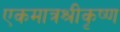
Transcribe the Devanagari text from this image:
एकमात्रश्रीकृष्ण